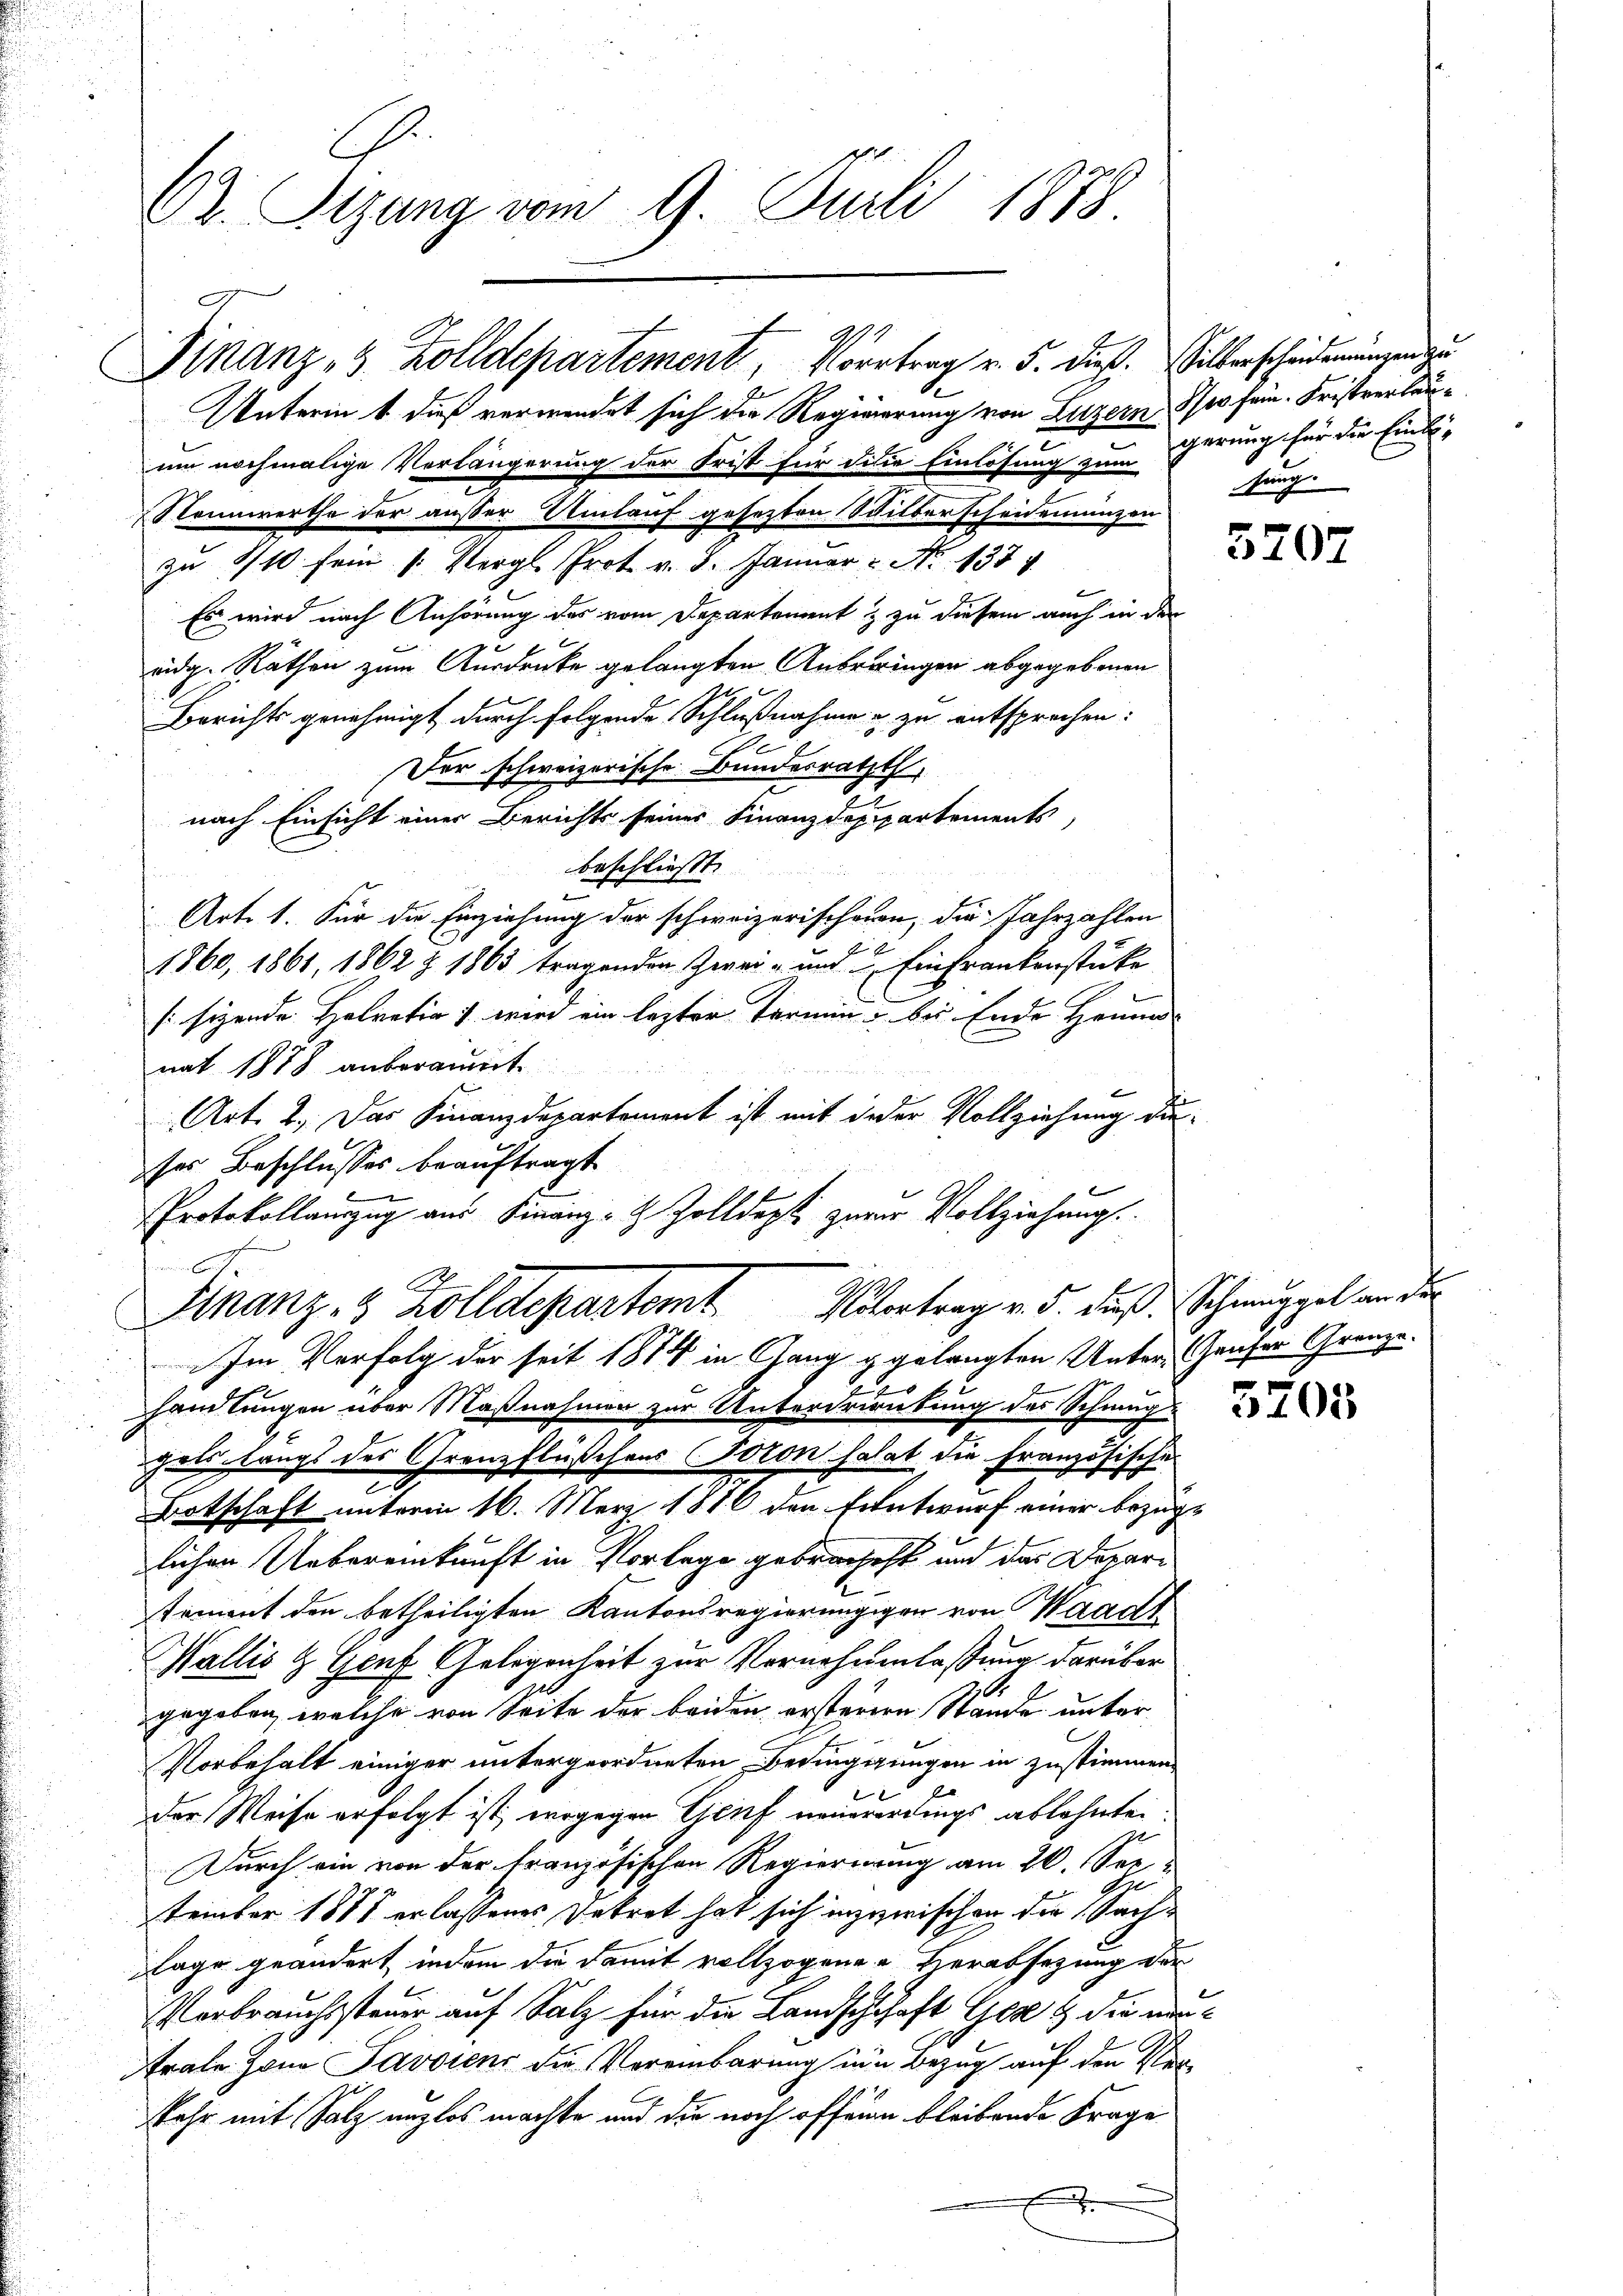
62. Sizung vom 9. Juli 1878.

Unterin & dieß verwendet sich die Regierung von Luzern
um nochmalige Verlängerung der Frist für die Einlösung zum Gerung für die Einbe-
Nonnwerthe der außer Umlauf gesetzten Schilberscheidemünzen
zu 1/10 sein Vergl. Prot. v. 3. Januar: No 1374
Es wird nach Anhörung des vom Departement & zu diesem auch in der
eidg. Räthen zum Ausdrucke gelangten Anbringen abgegebenen
Berichts genehmigt durch folgende Schlußnahme & zu entsprochen:
.
Der schweizerische Bundesrathth
nach Einsicht einer Berichts seines Finanzdepartements,
beschließt:
f
Art. 1. Für die Einziehung der schweizerischeien, die Jahrzahlen
1860, 1861, 1862 & 1863 tragenden Zwei- und Einfrankenstücke
(sizende Helvetia wird ein lezter Termin bei Ende Heim
nat 1878 anberaumt

t
Art. 2. Das Finanzdepartement ist mit jeder Vollziehung die
handlungen über Maßnahmen zur Unterdrirübung des Schmuggels langs des Grenzflüßchens (Joron salat die Französische
c
Botschaft unterm 16. März 1876 den Entwurf einer bezug
lichen Uebereinkunft in Vorlage gebrachet und das Departement den betheiligten Kantonsregierungigen von Waadt
Wallis & Genf Gelegenheit zur Vernehmenlassung darüber
gegeben, welche von Seite der beiden ersterern Stände unter¬
Vorbehalt einiger untergeordneten Bedinggungen in zustimmen
der Weise erfolgt ist, wogegen Genf neuererdings ablehnte.
Durch ein von der Französischen Regierung am 20. See
tember 1871 erlassenes Dekret hat sich inzwischen die Sachlage geändert, indem die damit vollzogenen Herabsezung der
Verbrauchssteuer auf Salz für die Landschchaft Ger & die un
trale Jona Savoyens die Vereinbarung in Bezug auf den Ste-
kehr mit Salz unzlos machte und die noch offenen bleibende Frage

9
Finanz- & Zolldepartement, Vortrag v. 5. dieß. Silberscheidemängen zu

ser Beschlusses beauftragt
Protokollauszug aus Finanz- & Zolldept zuzur Vollziehung.
C
Finanz- & Zolldepartemt contrag v. 5. daß Schnuppel an die
Im Verfolg der seit 1874 in Gang gelangten Unter-Hauser Grenze.

dses sein. Fristverlausung.

1

5

3707

3205